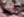
آسف